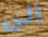
الى